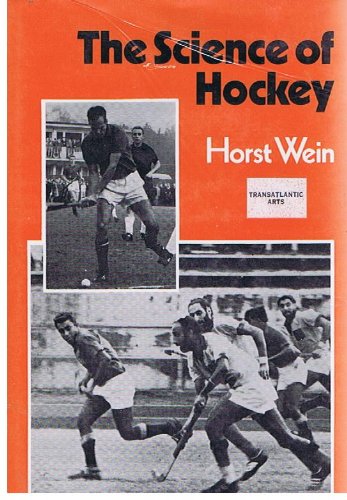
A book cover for The Science of Hockey.; Horst Wein; Sports & Outdoors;